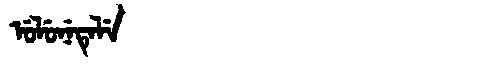
Manchu: ᡠᠯᡠᠨᡝᡨᡝᠯᡝ
Romanization: ULUNETELE